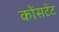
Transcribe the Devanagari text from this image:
कोंसटेंट